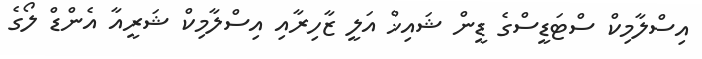
އިސްލާމިކް ސްޓަޑީސްގެ ޑީން ޝައިޚް އަލީ ޒާހިރާއި އިސްލާމިކް ޝަރީއާ އެންޑް ލޯގެ